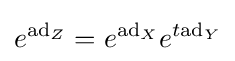
e^{\mathrm {ad} _{Z}}=e^{\mathrm {ad} _{X}}e^{t\mathrm {ad} _{Y}}